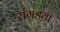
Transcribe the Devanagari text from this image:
रांगडय़ा